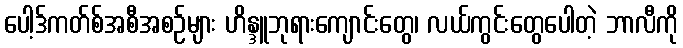
ပေါ့ဒ်ကတ်စ်အစီအစဉ်များ ဟိန္ဒူဘုရားကျောင်းတွေ၊ လယ်ကွင်းတွေပေါတဲ့ ဘာလီကို